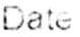
DATE